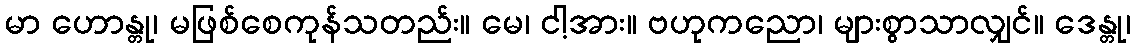
မာ ဟောန္တု၊ မဖြစ်စေကုန်သတည်း။ မေ၊ ငါ့အား။ ဗဟုကညော၊ များစွာသာလျှင်။ ဒေန္တု၊